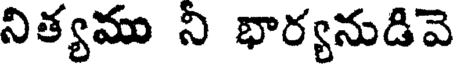
నిత్యము ని భార్యనుడివె